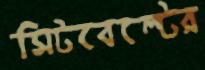
সিটবেল্টের